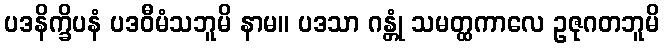
ပဒနိက္ခိပနံ ပဒဝီမံသဘူမိ နာမ။ ပဒသာ ဂန္တုံ သမတ္ထကာလေ ဥဇုဂတဘူမိ